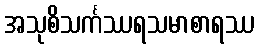
အသုစိသင်္ကဿရသမာစာရဿ